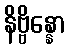
နိဗ္ဗိန္နော